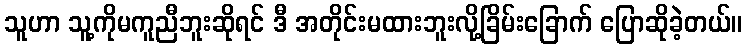
သူဟာ သူ့ကိုမကူညီဘူးဆိုရင် ဒီ အတိုင်းမထားဘူးလို့ခြိမ်းခြောက် ပြောဆိုခဲ့တယ်။